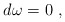
\begin{align*} d \>\! \omega = 0~, \end{align*}